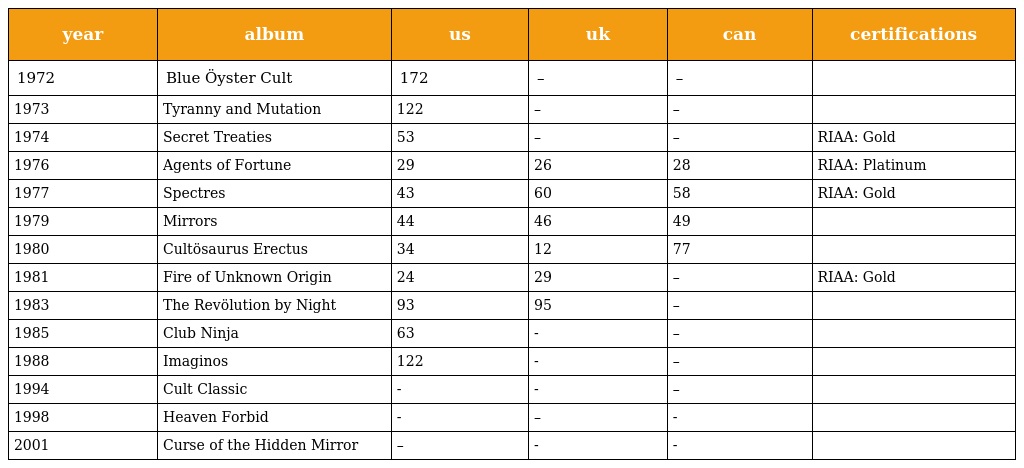
| year | album | us | uk | can | certifications |
 | --- | --- | --- | --- | --- | --- |
 | 1972 | Blue Öyster Cult | 172 | – | – |  |
 | 1973 | Tyranny and Mutation | 122 | – | – |  |
 | 1974 | Secret Treaties | 53 | – | – | RIAA: Gold |
 | 1976 | Agents of Fortune | 29 | 26 | 28 | RIAA: Platinum |
 | 1977 | Spectres | 43 | 60 | 58 | RIAA: Gold |
 | 1979 | Mirrors | 44 | 46 | 49 |  |
 | 1980 | Cultösaurus Erectus | 34 | 12 | 77 |  |
 | 1981 | Fire of Unknown Origin | 24 | 29 | – | RIAA: Gold |
 | 1983 | The Revölution by Night | 93 | 95 | – |  |
 | 1985 | Club Ninja | 63 | - | – |  |
 | 1988 | Imaginos | 122 | - | – |  |
 | 1994 | Cult Classic | - | - | – |  |
 | 1998 | Heaven Forbid | - | – | - |  |
 | 2001 | Curse of the Hidden Mirror | – | - | - |  |